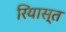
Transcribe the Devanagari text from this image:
रियास्त